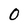
Character: 0